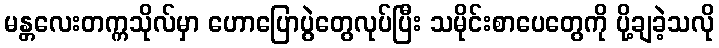
မန္တလေးတက္ကသိုလ်မှာ ဟောပြောပွဲတွေလုပ်ပြီး သမိုင်းစာပေတွေကို ပို့ချခဲ့သလို